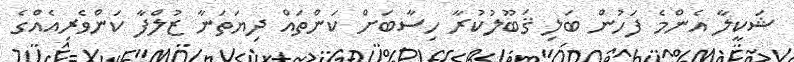
ޝަކީލާ އެންމެ ފަހުން ބަލި ޤަބޫލުކުރާ ހިސާބަށް ކަންތައް ދިޔަތަނާ ޒުލްފާ ކަންވެރިއެއްގެ